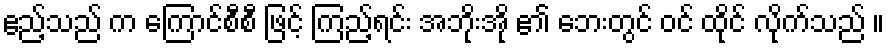
ဧည့်သည် က ကြောင်စီစီ ဖြင့် ကြည့်ရင်း အဘိုးအို ၏ ဘေးတွင် ဝင် ထိုင် လိုက်သည် ။